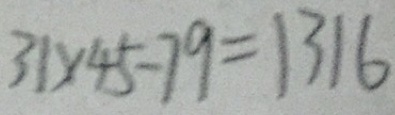
3 1 \times 4 5 - 7 9 = 1 3 1 6